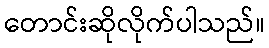
တောင်းဆိုလိုက်ပါသည်။